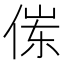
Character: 𱎶